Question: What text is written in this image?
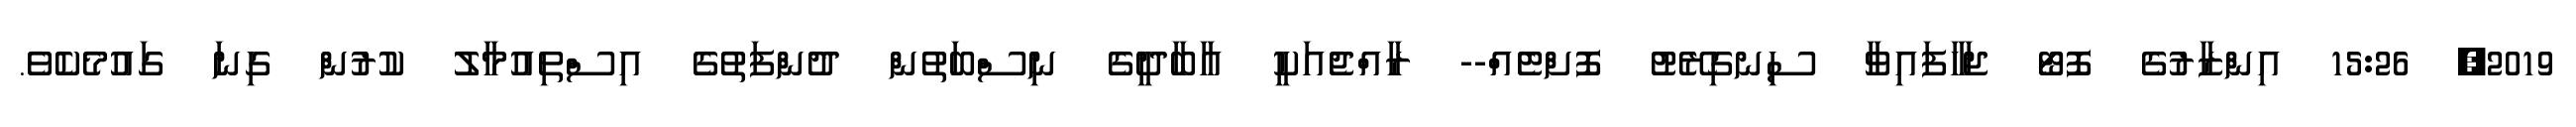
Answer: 2019, 15:26 އިންޒާރުގެ ފޮޓޯ ޖަހާފައިވާ ސިނގިރޭޓު ފޮށްޓެއް-- ރާއްޖެއަކީ އާބާދީގެ ނިސްބަތުން ދުންފަތުގެ އިސްތިއުމާލު ކުރުން ގިނަ ގައުމެކެވެ.